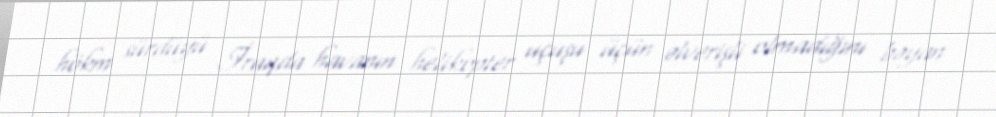
hökm sürdüyü İraqda havanın helikopter uçuşu üçün əlverişli olmadığını bəyan